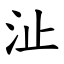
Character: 沚